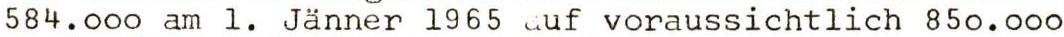
584.ooo am 1. Jänner 1965 auf voraussichtlich 85o.ooo